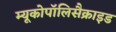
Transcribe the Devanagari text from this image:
म्यूकोपॉलिसैक्राइड